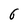
Character: 6